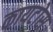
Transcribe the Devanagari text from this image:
कायटोस